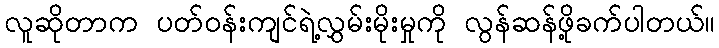
လူဆိုတာက ပတ်ဝန်းကျင်ရဲ့လွှမ်းမိုးမှုကို လွန်ဆန်ဖို့ခက်ပါတယ်။